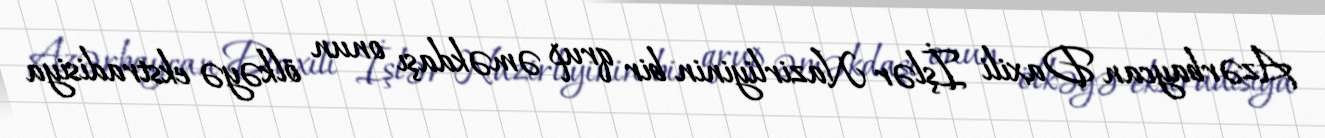
Azərbaycan Daxili İşlər Nazirliyinin bir qrup əməkdaşı onun ölkəyə ekstradisiya